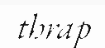
thrap